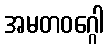
အမတဝဂ္ဂေါ